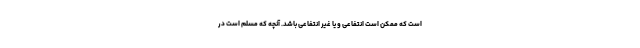
است که ممکن است انتفاعی و یا غیر انتفاعی باشد. آنچه که مسلم است در